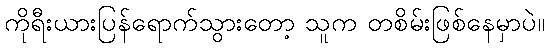
ကိုရီးယားပြန်ရောက်သွားတော့ သူက တစိမ်းဖြစ်နေမှာပဲ။